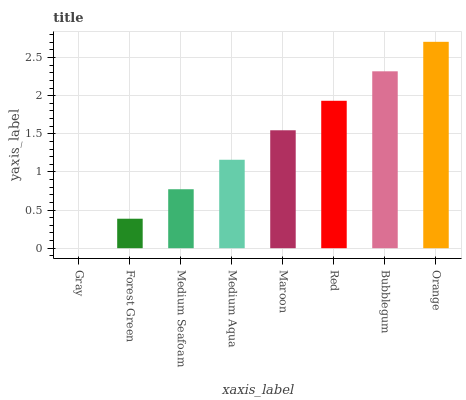
| xaxis_label | bars |
 | --- | --- |
 | Gray | 0 |
 | Forest Green | 0.387 |
 | Medium Seafoam | 0.773 |
 | Medium Aqua | 1.16 |
 | Maroon | 1.55 |
 | Red | 1.93 |
 | Bubblegum | 2.32 |
 | Orange | 2.71 |